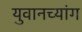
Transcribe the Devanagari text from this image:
युवानच्यांग